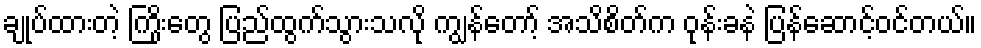
ချုပ်ထားတဲ့ ကြိုးတွေ ပြည်ထွက်သွားသလို ကျွန်တော့် အသိစိတ်က ဝုန်းခနဲ ပြန်ဆောင့်ဝင်တယ်။